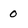
Character: 0